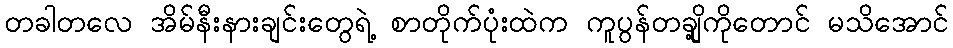
တခါတလေ အိမ်နီးနားချင်းတွေရဲ့ စာတိုက်ပုံးထဲက ကူပွန်တချို့ကိုတောင် မသိအောင်